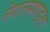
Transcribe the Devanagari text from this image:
नेपालमण्डल